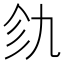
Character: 𫡦